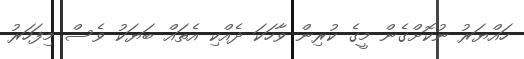
ހައްޔަރު ނުކޮށްގެން މީގެ ކުރިން ވާހަކަ ދެއްކި އެތައް ބަޔަކު ވެސް މިފަހަރު